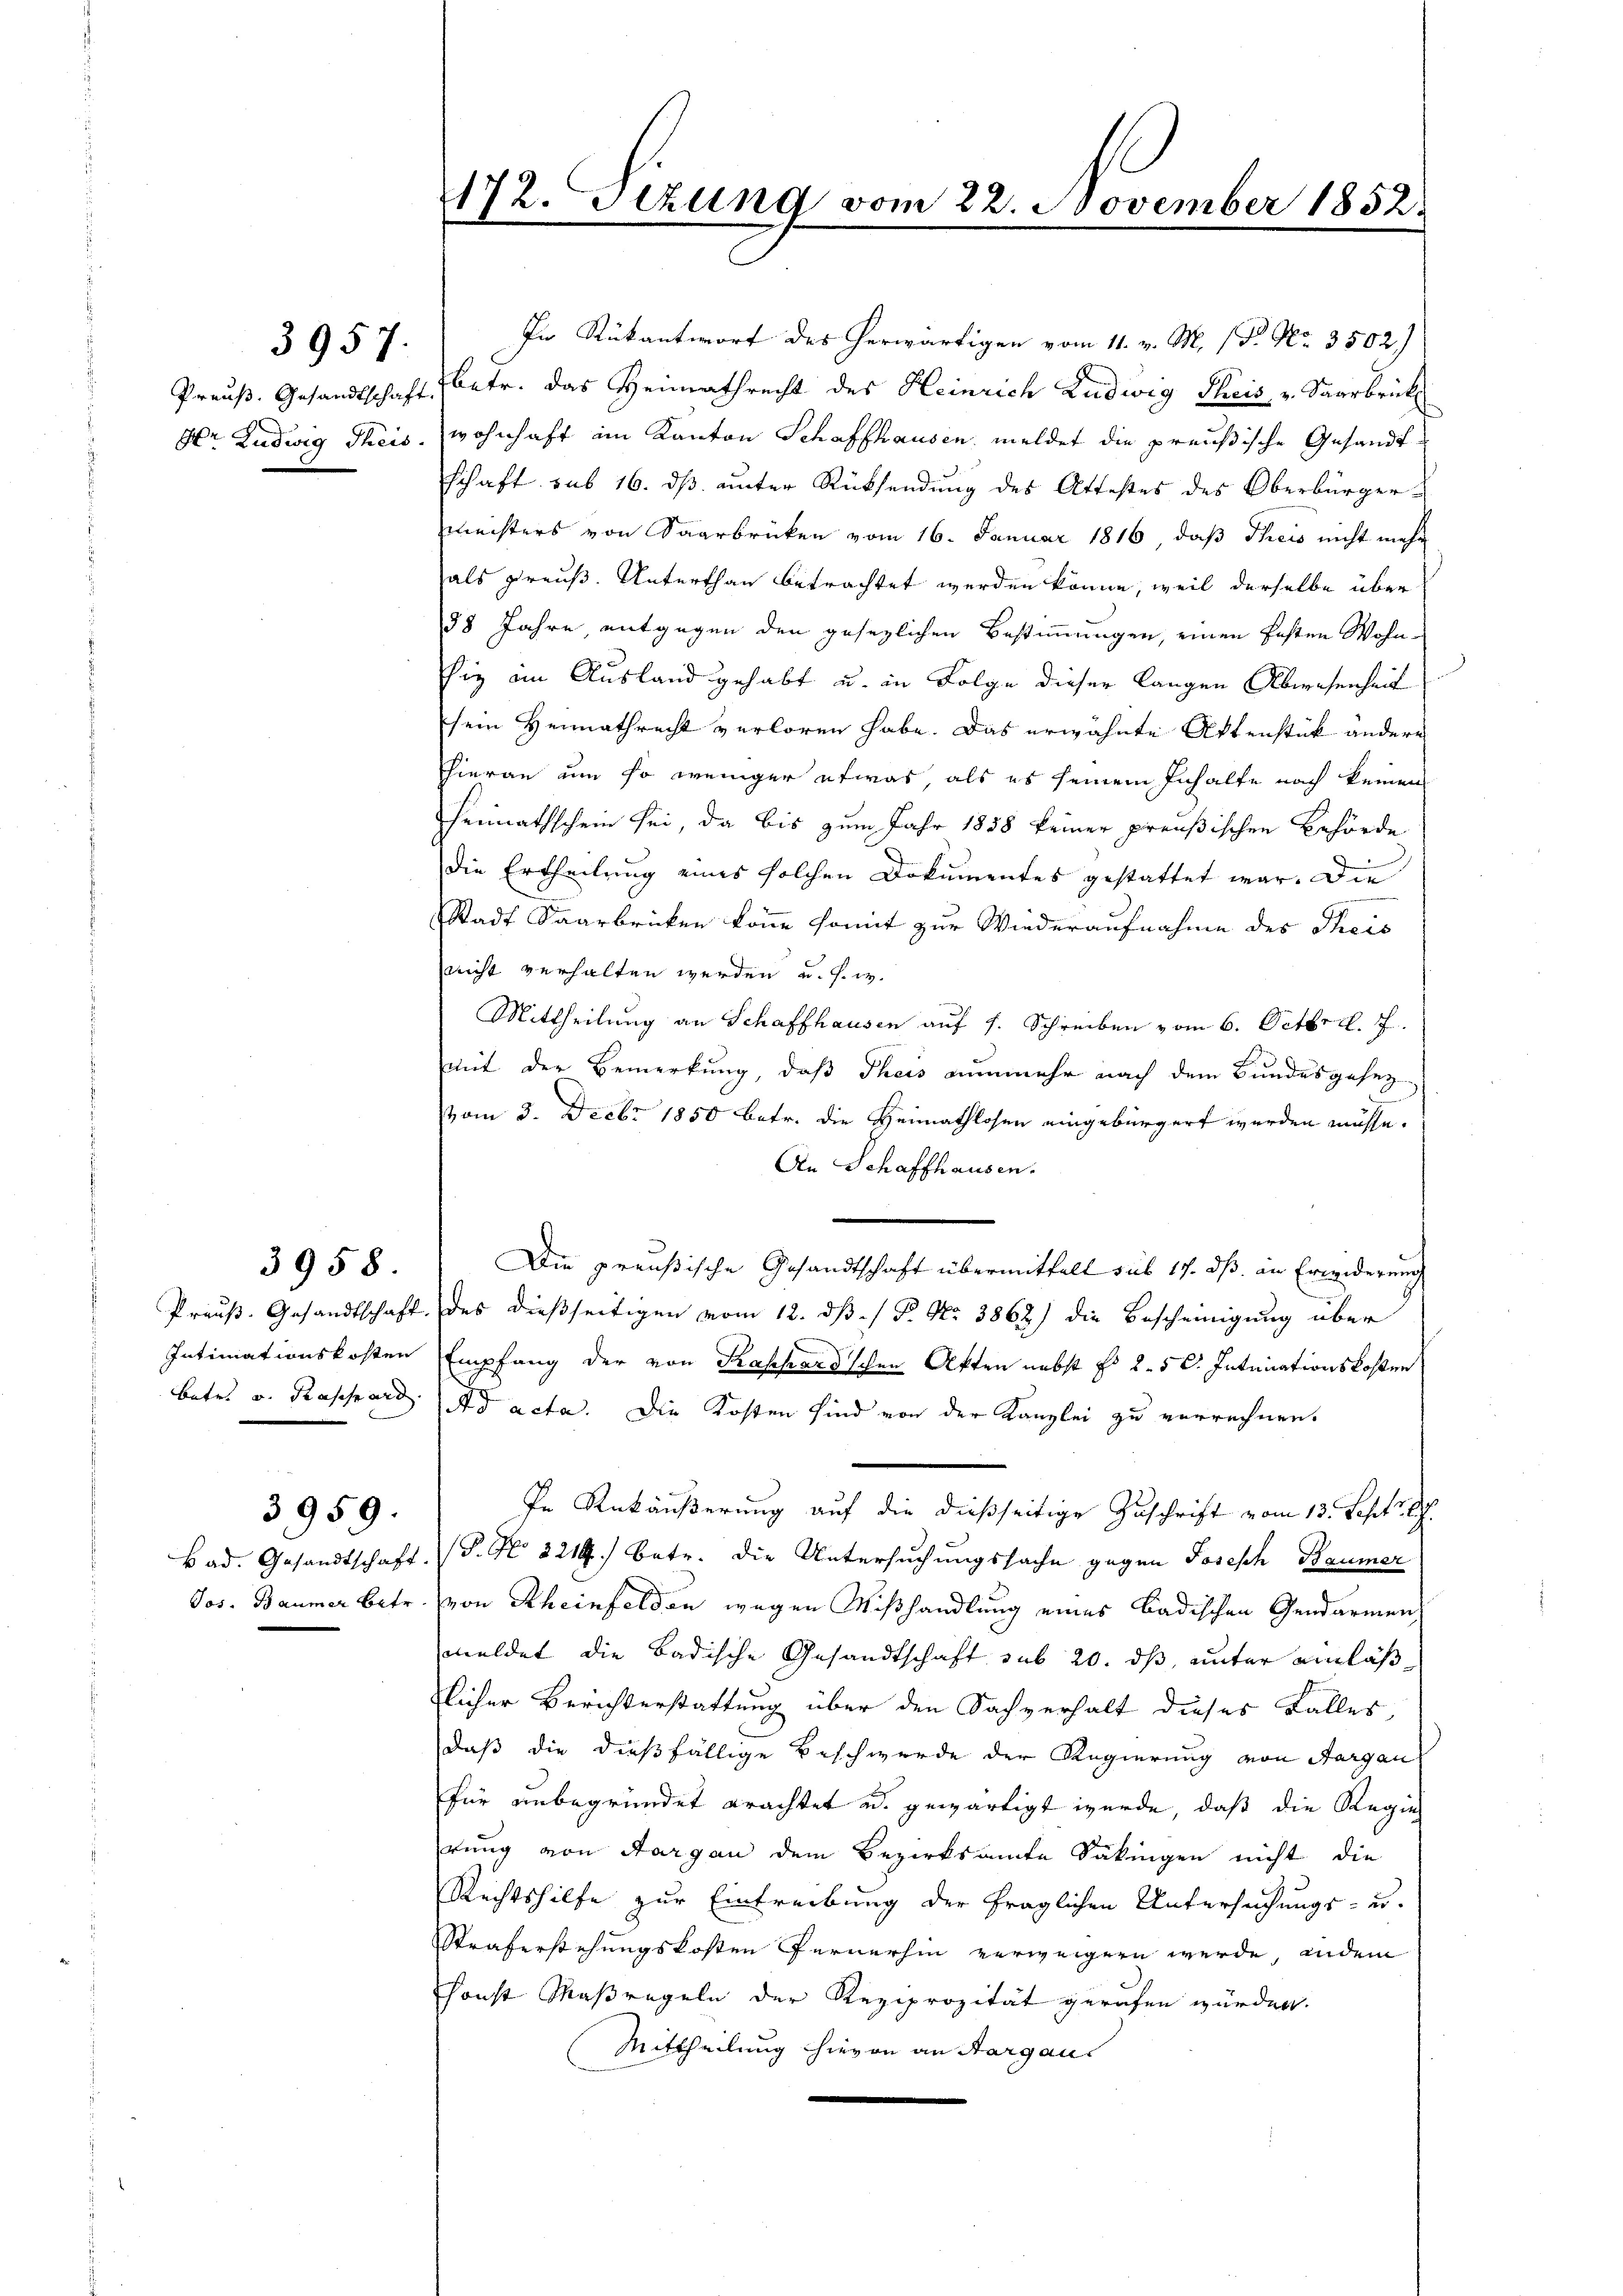
Preuß. Gesandtschaft
der Ludwig Theis

3957.

Preuß. Gesandtschaft.
Intimationskosten
Betr. v. Kassard.

3958

Bad. Gesandtschaft
Jos. Baumer betr.

3959.

472. Sitzung vom 22. November 1852.
f
m

In Rükantwort des herwärtigen vom 11. v. M. (T. No. 3502)
betr. das Heimathrecht des Heinrich Ludwig Theis v. Saarbrückwohnhaft im Kanton Schaffhausen, meldet die preußische Gesandt
schaft sub 16. ds unter Rücksendung des Attestes des Oberbürgermechters von Saarbrücken vom 16. Januar 1816, daß Theis nicht mehr
als preuß. Unterthan betrachtet werden könne, weil derselbe über
38 Jahre entgegen den gesezlichen Bestimmungen, einen festen Wohnsie im Ausland gehabt u. in Folge dieser langen Abwesenheit
sein Heimathrecht verloren habe. Das erwähnte Aktenstück andere
Hhieran um so weniger etwas, als es seinem Inhalte nach keinen
Heimathschein sei, da bis zum Jahr 1838 keiner preußischen Behörde
Die Ertheilung eines solchen Dokumentes gestattet war. Die
Stadt Saarbrücken könne somit zur Wiederaufnahme des Theis
nicht verhalten werden u. s. w.
Mittheilung an Schaffhausen auf 1. Schreiben vom 6. Octbr. c. 7
mit der Bemerkung, daß Theis nunmehr nach dem Bundesgesez
vom 3. Decbr 1850 betr. die Heimathlosen eingebürgert werden müsse.
An Schaffhausen.
Die preußische Gesandtschaft übermittelt sub 17. ds. an Erwiderung
des dießseitigen vom 12. dß. P. Nr. 3862) die Bescheinigung über
Empfang der von Kassard'schen Akten nebst No 2. 50. Intimationskosten
A d acta. Die Kosten sind von der Kanzlei zu verrechnen.
In Rükäußerung auf die dießseitige Zuschrift vom 13. Sept. 8
P. Nr. 3219.) Betr. die Untersuchungssache gegen Joseph Baumer
von Rheinfelden wegen Mißhandlung eines Badischen Gendarmen,
meldet die Badische Gesandtschaft sub 20. ds, unter einläß
licher Berichterstattung über den Sachverhalt dieses Falles,
daß die dießfällige Beschwerde der Regierung von Aargau
für unbegründet erachtet u. gewärtigt werde, daß die Regier
rung von Aargau dem Bezirksamte Säkingen nicht die
Rechtshilfe zur Eintreibung der fraglichen Untersuchungs- u.
Straferstehungskosten Fernerhin verweigern werde, indem
sonst Maßregeln der Reziprozität gerafen würden.
Mittheilung hievon an Aargau.